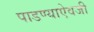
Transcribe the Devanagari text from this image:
पाडण्याऐवजी